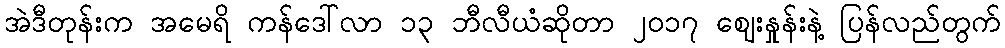
အဲဒီတုန်းက အမေရိ ကန်ဒေါ်လာ ၁၃ ဘီလီယံဆိုတာ ၂၀၁၇ ဈေးနှုန်းနဲ့ ပြန်လည်တွက်